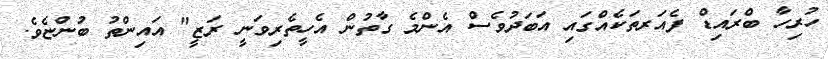
ހުރިހާ ބްރައިޑް ފެއަރތަކެއްގައި އަބަދުވެސް އެންމެ ގާތުން އެހީތެރިވަނީ ރަޒީ" އައިންތު ބުންޏެވެ.